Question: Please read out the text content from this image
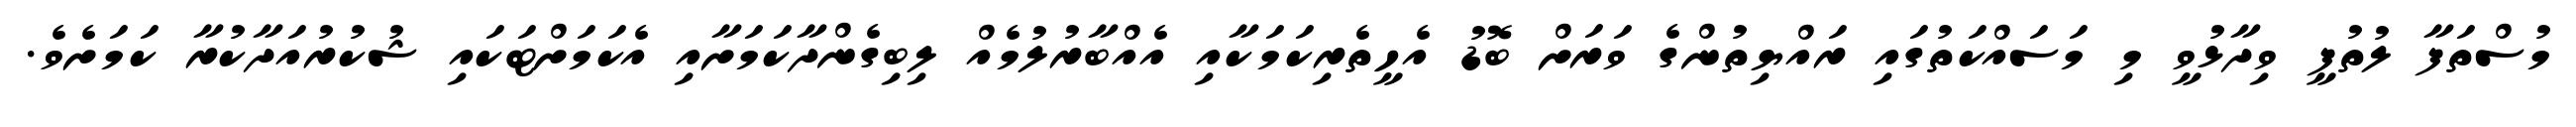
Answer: މުސްތަފާ ލުތުފީ ވިދާޅުވީ މި މަސައްކަތުގައި ރައްޔިތުންގެ ވަރަށް ބޮޑު އެހީތެރިކަމަކާއި އެއްބާރުލުމެއް ލިބިގެންދާކަމަށާއި އެކަމަށްޓަކައި ޝުކުރުއަދާކުރާ ކަމަށެވެ.